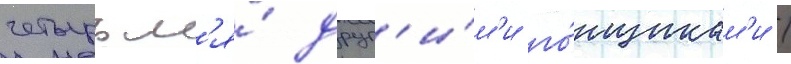
четырьм'я́ друг'и́м'и го́нщикам'и /